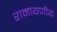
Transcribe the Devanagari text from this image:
रामायणीय